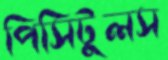
পিসিটুলস